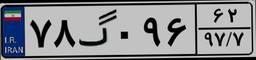
۷۸گ۰۹۶۶۲